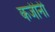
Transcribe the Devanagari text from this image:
कजीनी